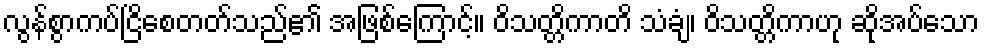
လွန်စွာကပ်ငြိစေတတ်သည်၏ အဖြစ်ကြောင့်။ ဝိသတ္တိကာတိ သံချံ၊ ဝိသတ္တိကာဟု ဆိုအပ်သော